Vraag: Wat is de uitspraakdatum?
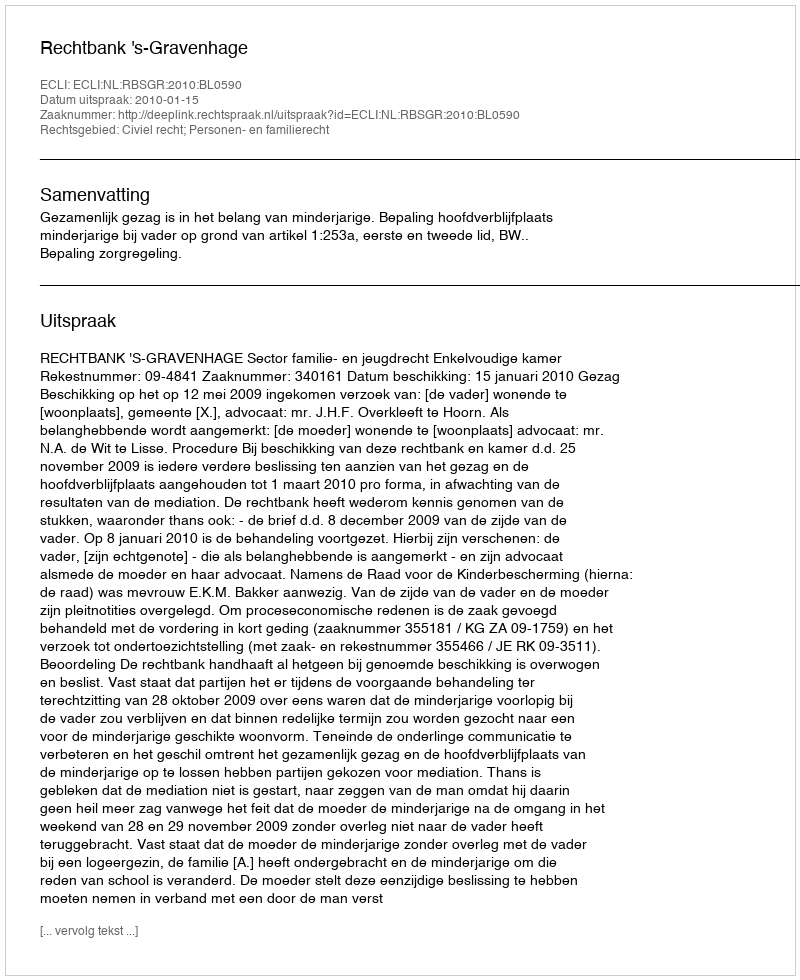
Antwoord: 2010-01-15